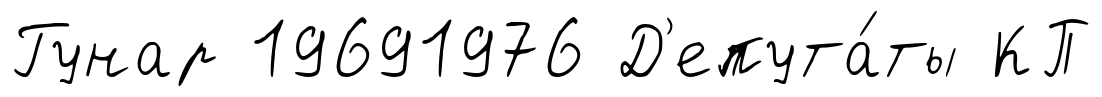
Гунар 19691976 Д'епута́ты КП